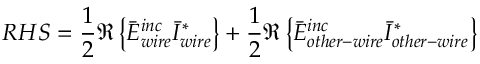
R H S = \frac { 1 } { 2 } \Re \left\{ \bar { E } _ { w i r e } ^ { i n c } \bar { I } _ { w i r e } ^ { * } \right\} + \frac { 1 } { 2 } \Re \left\{ \bar { E } _ { o t h e r - w i r e } ^ { i n c } \bar { I } _ { o t h e r - w i r e } ^ { * } \right\}